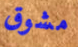
مشوق